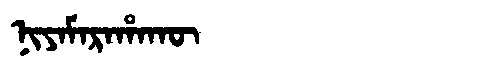
Manchu: ᠨᡳᠶᠠᠮᠠᡵᠠᡥᠠᡴᡡ
Romanization: NIYAMARAHAKŪ